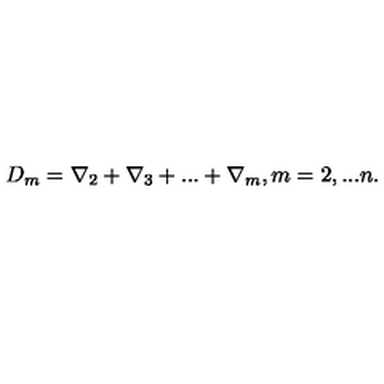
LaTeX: D _ { m } = \nabla _ { 2 } + \nabla _ { 3 } + . . . + \nabla _ { m } , m = 2 , . . . n .